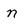
Character: n